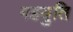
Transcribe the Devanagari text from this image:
गहयुति